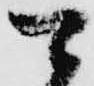
可